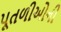
પૂતળીઓની